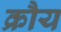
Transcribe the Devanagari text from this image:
क्रौय